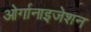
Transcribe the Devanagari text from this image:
ओर्गानाइजेशन